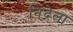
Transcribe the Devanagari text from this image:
निंदेला